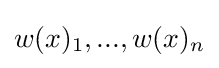
w(x)_{1},...,w(x)_{n}